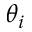
\theta _ { i }